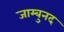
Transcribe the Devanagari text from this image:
जाम्बुनद